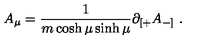
A _ { \mu } = \frac { 1 } { m \cosh \mu \sinh \mu } \partial _ { [ + } A _ { - ] } \ .